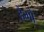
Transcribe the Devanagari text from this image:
हैगो